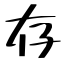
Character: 存